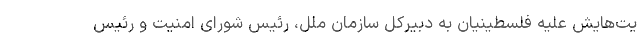
یت‌هایش علیه فلسطینیان به دبیرکل سازمان ملل، رئیس شورای امنیت و رئیس